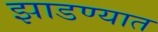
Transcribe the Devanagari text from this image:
झाडण्यात